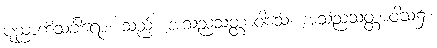
ပုညာဘိသင်္ခါရော၊ သည်။ အသညသတ္တာဝါသေ၊ အသညသတ္တာဝါသ၌။